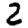
Digit: 2